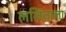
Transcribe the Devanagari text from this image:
ललिताला